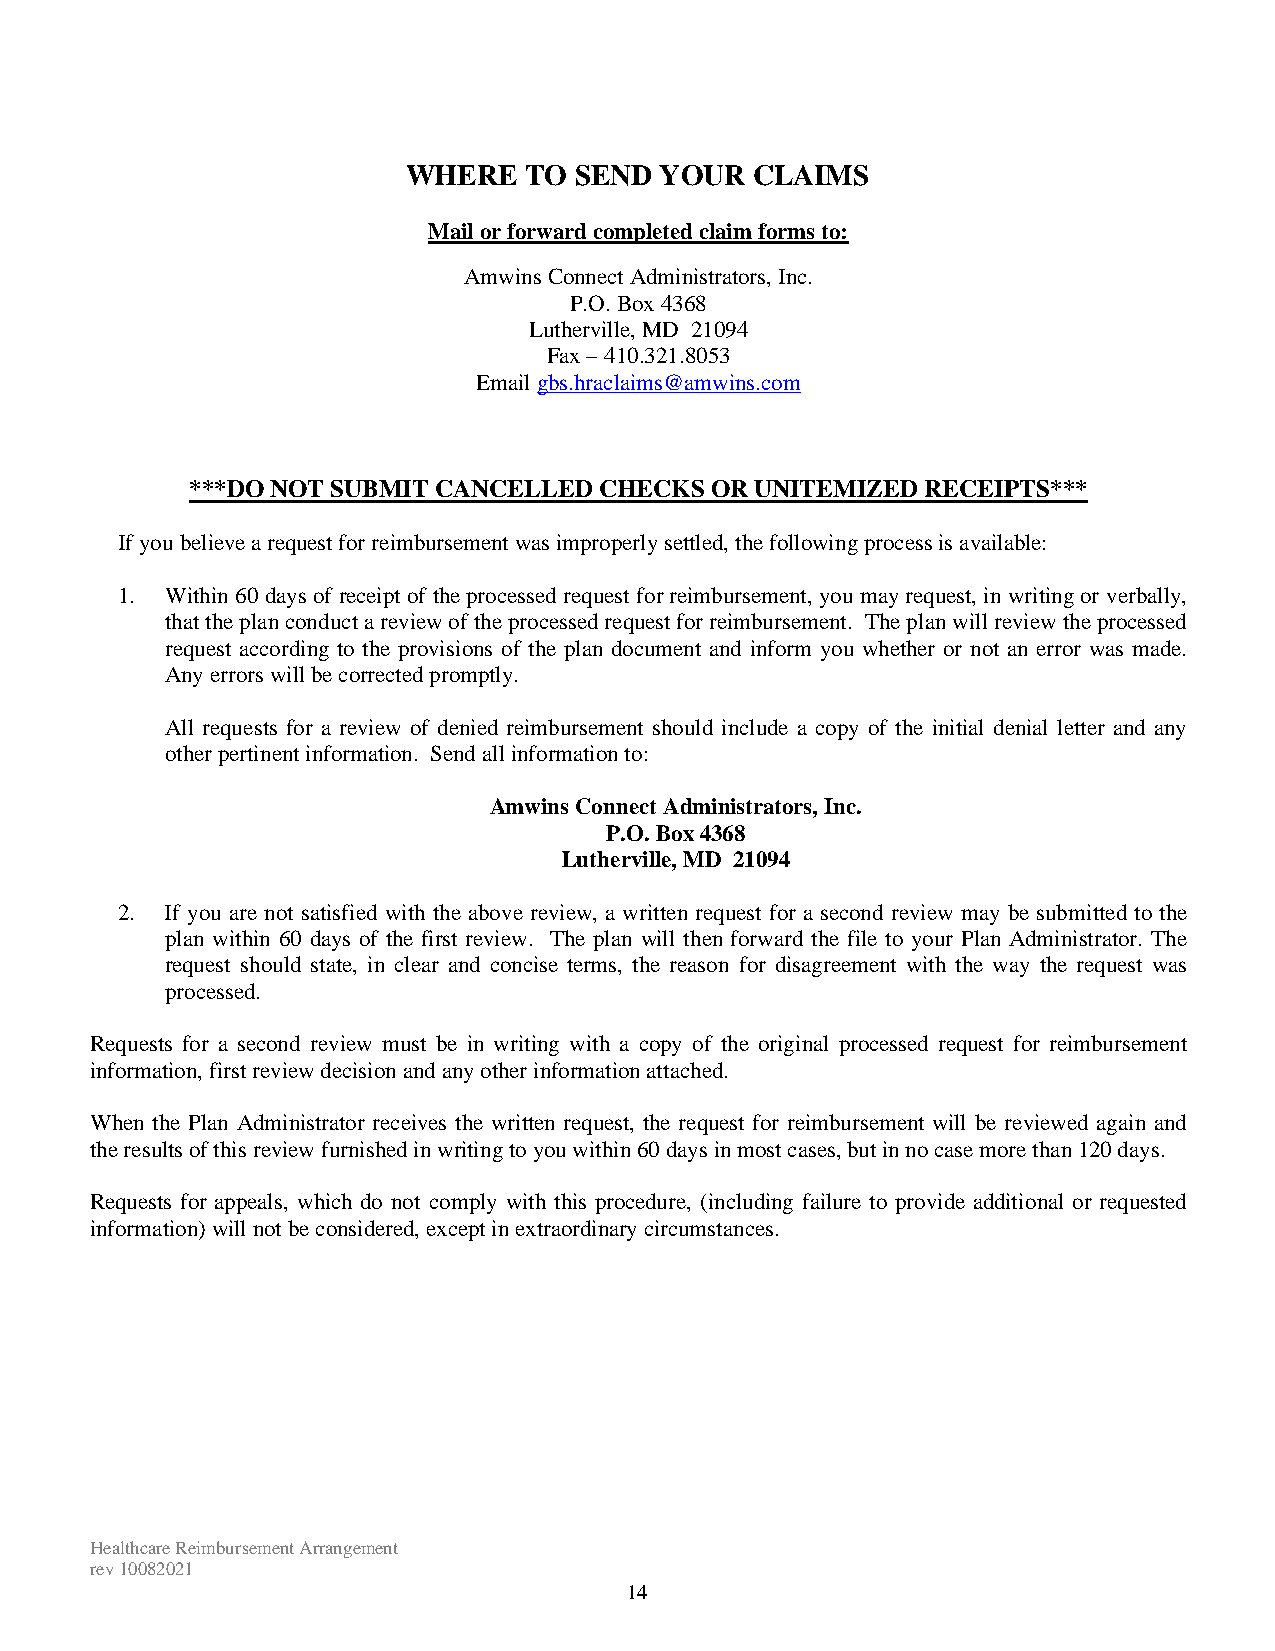
WHERE   TO SEND  YOUR  CLAIMS
 Mail or forward completed claim forms to:
 Amwins Connect Administrators, Inc.
 P.O. Box 4368
 Lutherville, MD 21094
 Fax – 410.321.8053
 Email gbs.hraclaims@amwins.com
 ***DO NOT SUBMIT CANCELLED CHECKS OR UNITEMIZED RECEIPTS***
 If you believe a request for reimbursement was improperly settled, the following process is available:
 1. Within 60 days of receipt of the processed request for reimbursement, you may request, in writing or verbally,
 that the plan conduct a review of the processed request for reimbursement. The plan will review the processed
 request according to the provisions of the plan document and inform you whether or not an error was made.
 Any errors will be corrected promptly.
 All requests for a review of denied reimbursement should include a copy of the initial denial letter and any
 other pertinent information. Send all information to:
 Amwins Connect Administrators, Inc.
 P.O. Box 4368
 Lutherville, MD 21094
 2. If you are not satisfied with the above review, a written request for a second review may be submitted to the
 plan within 60 days of the first review. The plan will then forward the file to your Plan Administrator. The
 request should state, in clear and concise terms, the reason for disagreement with the way the request was
 processed.
 Requests for a second review must be in writing with a copy of the original processed request for reimbursement
 information, first review decision and any other information attached.
 When the Plan Administrator receives the written request, the request for reimbursement will be reviewed again and
 the results of this review furnished in writing to you within 60 days in most cases, but in no case more than 120 days.
 Requests for appeals, which do not comply with this procedure, (including failure to provide additional or requested
 information) will not be considered, except in extraordinary circumstances.
 Healthcare Reimbursement Arrangement
 rev 10082021
 14